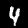
Label: 4